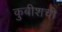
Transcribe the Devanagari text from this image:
कुबीशची